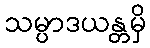
သမ္ပာဒယန္တမှိ